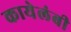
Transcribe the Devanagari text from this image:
कायेलंबी